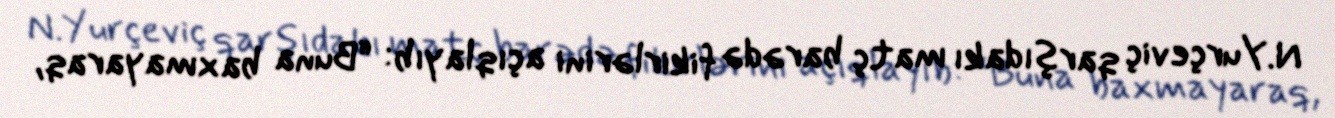
N.Yurçeviç qarşıdakı matç barədə fikirlərini açıqlayıb: “Buna baxmayaraq,